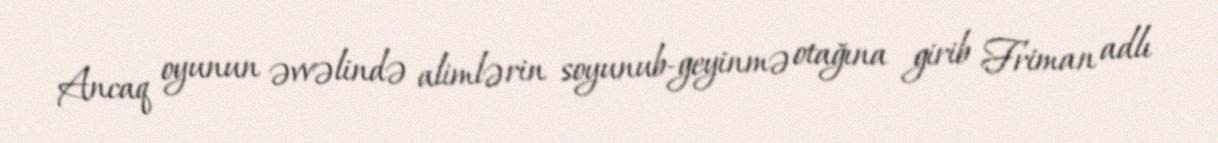
Ancaq oyunun əvvəlində alimlərin soyunub-geyinmə otağına girib Friman adlı